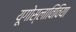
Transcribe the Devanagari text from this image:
यूगोस्लाविविया